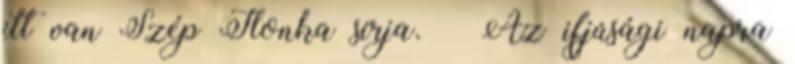
itt van Szép Ilonka sírja. – Az ifjúsági napra